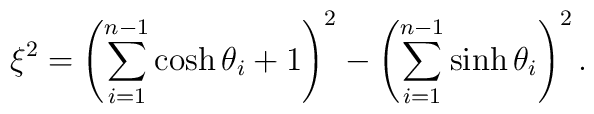
\xi^{2}=\left(  \sum_{i=1}^{n-1}\cosh\theta_{i}+1\right)  ^{2}-\left(\sum_{i=1}^{n-1}\sinh\theta_{i}\right)  ^{2}.